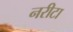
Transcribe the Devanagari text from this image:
नरीटा